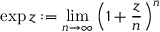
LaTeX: \exp z : = \operatorname* { l i m } _ { n \to \infty } \left( 1 + { \frac { z } { n } } \right) ^ { n }